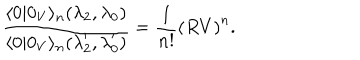
\frac { \langle 0 | 0 _ { V } \rangle _ { n } ( \lambda _ { 2 } , \lambda _ { 0 } ) } { \langle 0 | 0 _ { V } \rangle _ { n } ( { \lambda } _ { 2 } ^ { \prime } , { \lambda } _ { 0 } ^ { \prime } ) } = \frac { 1 } { n ! } \left( R V \right) ^ { n } .